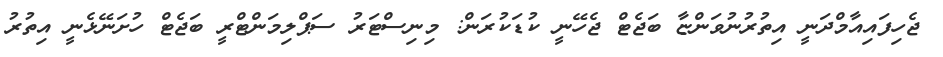
ޖެހިފައިއާމްދަނީ އިތުރުނުވަންޏާ ބަޖެޓް ޖެހޭނީ ކުޑަކުރަން: މިނިސްޓަރު ސަޕްލިމަންޓްރީ ބަޖެޓް ހުށަނޭޅެނީ އިތުރު